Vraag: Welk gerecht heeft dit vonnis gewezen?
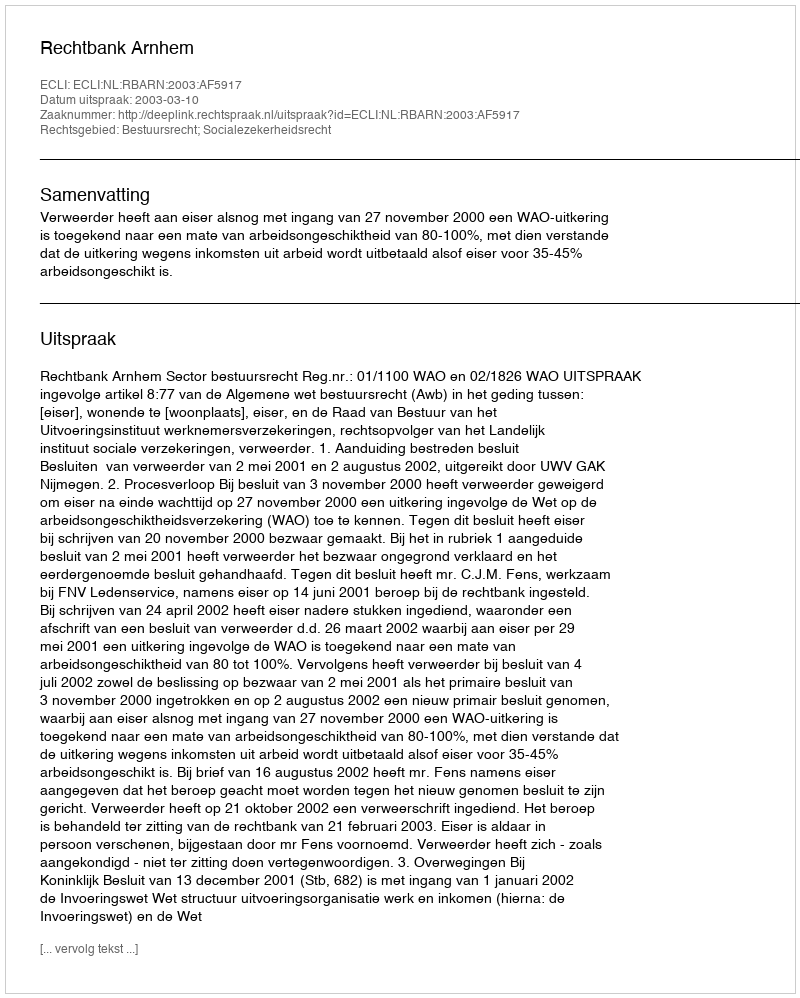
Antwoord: Rechtbank Arnhem